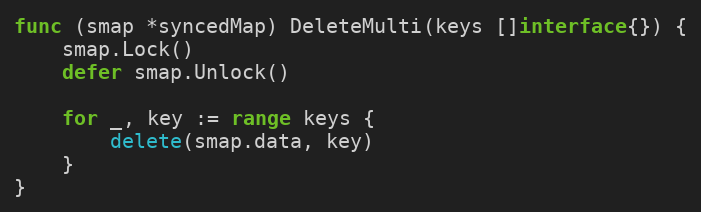
Language: Go
func (smap *syncedMap) DeleteMulti(keys []interface{}) {
	smap.Lock()
	defer smap.Unlock()

	for _, key := range keys {
		delete(smap.data, key)
	}
}